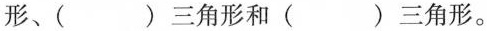
形、（）三角形和（）三角形。